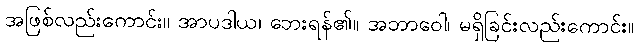
အဖြစ်လည်းကောင်း။ အာပဒါယ၊ ဘေးရန်၏။ အဘာဝေါ၊ မရှိခြင်းလည်းကောင်း။